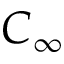
C _ { \infty }